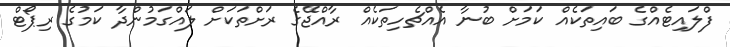
ފްލައިޓެއްގެ ބައިތަކެއް ކަމަށް ބުނާ އެއްޗެހިތަކެއް ރާއްޖޭގެ ރަށްތަކަށް ލައްގަމުންދާ ކަމުގެ ރިޕޯޓް